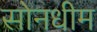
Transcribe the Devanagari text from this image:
सोनधीम